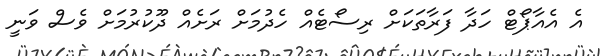
އެ އެއާޕޯޓް ހަދާ ފަރާތަކަށް ރިސޯޓެއް ހެދުމަށް ރަށެއް ދޫކުރުމަށް ވެސް ވަނީ